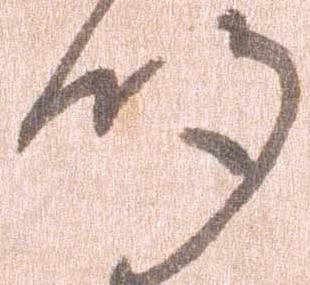
州